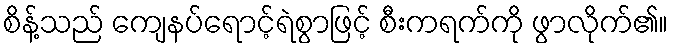
စိန့်သည် ကျေနပ်ရောင့်ရဲစွာဖြင့် စီးကရက်ကို ဖွာလိုက်၏။